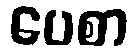
ပေစာ